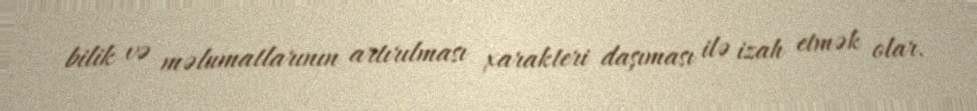
bilik və məlumatlarının artırılması xarakteri daşıması ilə izah etmək olar.